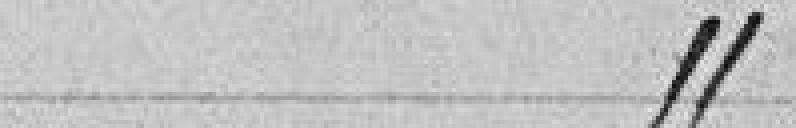
article